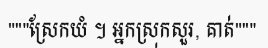
"""ស្រែកយំ ។ អ្នកស្រុកសួរ, គាត់"""